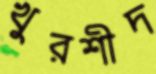
খুরশীদ